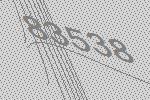
83538